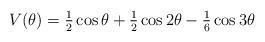
LaTeX: \begin{align*} V(\theta) = \tfrac{1}{2} \cos \theta + \tfrac{1}{2} \cos 2\theta - \tfrac{1}{6} \cos 3\theta\end{align*}